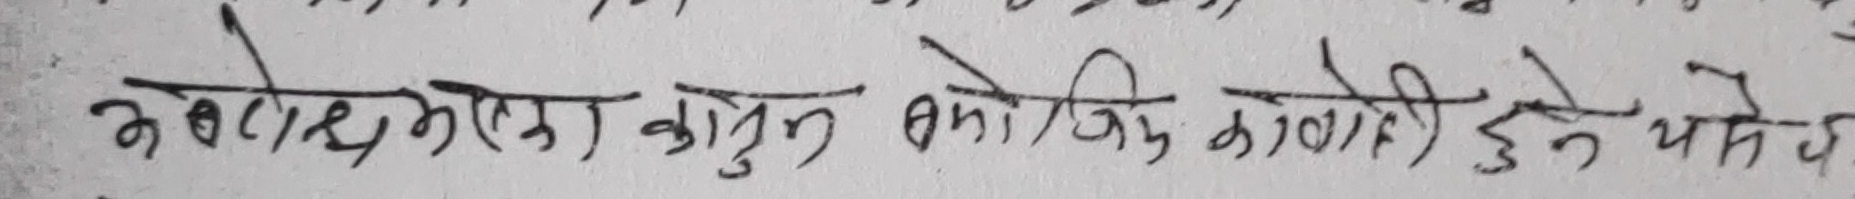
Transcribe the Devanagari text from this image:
ओटाउन एक कोपुनको केजि लागी दुनै पर्ने के